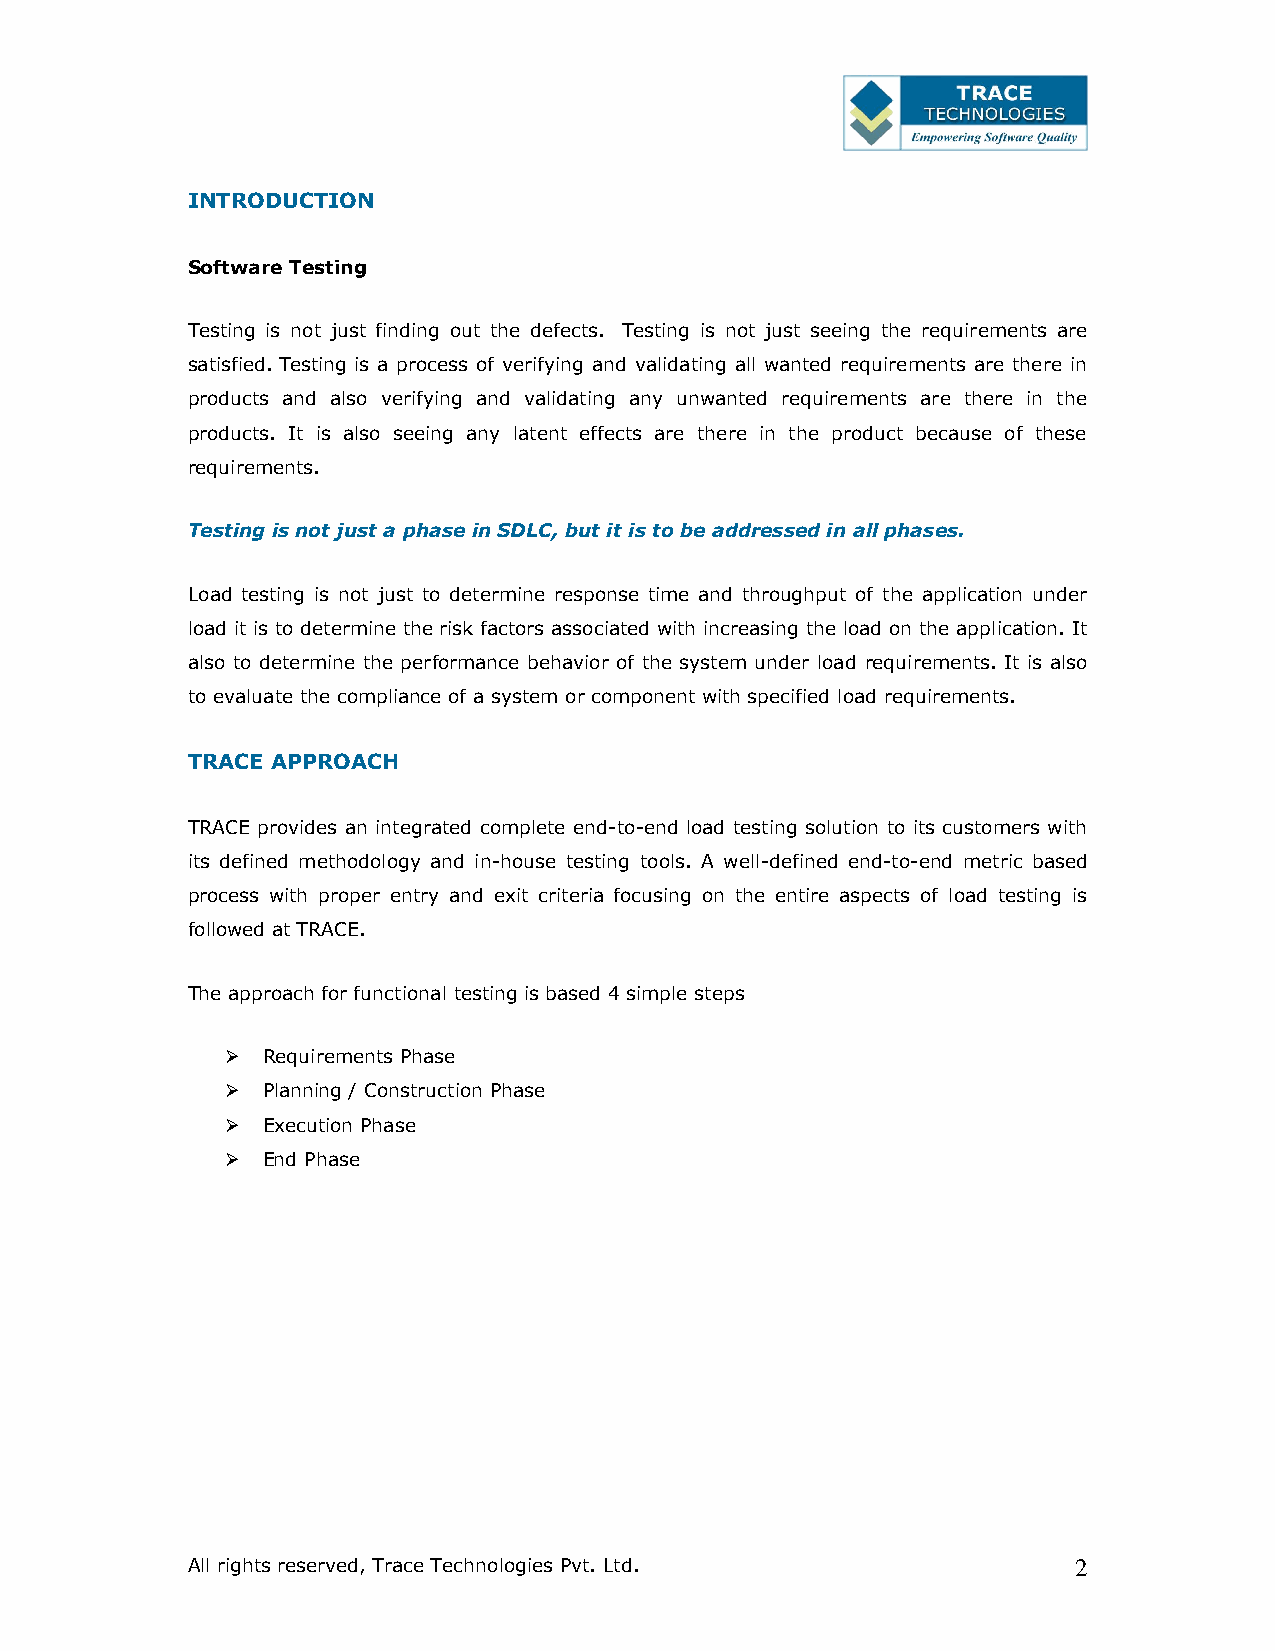
INTRODUCTION
 Software Testing
 Testing is not just finding out the defects. Testing is not just seeing the requirements are
 satisfied. Testing is a process of verifying and validating all wanted requirements are there in
 products and also verifying and validating any unwanted requirements are there in the
 products. It is also seeing any latent effects are there in the product because of these
 requirements.
 Testing is not just a phase in SDLC, but it is to be addressed in all phases.
 Load testing is not just to determine response time and throughput of the application under
 load it is to determine the risk factors associated with increasing the load on the application. It
 also to determine the performance behavior of the system under load requirements. It is also
 to evaluate the compliance of a system or component with specified load requirements.
 TRACE APPROACH
 TRACE provides an integrated complete end-to-end load testing solution to its customers with
 its defined methodology and in-house testing tools. A well-defined end-to-end metric based
 process with proper entry and exit criteria focusing on the entire aspects of load testing is
 followed at TRACE.
 The approach for functional testing is based 4 simple steps
  Requirements Phase
  Planning / Construction Phase
  Execution Phase
  End Phase
 All rights reserved, Trace Technologies Pvt. Ltd.          2